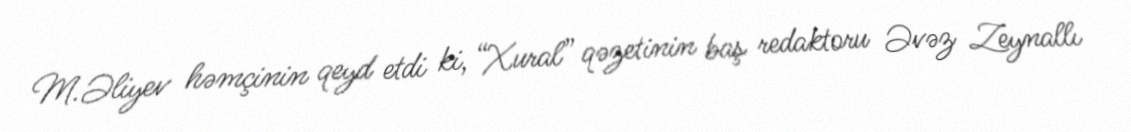
M.Əliyev həmçinin qeyd etdi ki, “Xural” qəzetinin baş redaktoru Əvəz Zeynallı